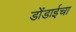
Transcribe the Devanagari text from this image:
डोंडाईचा